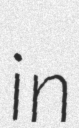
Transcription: in